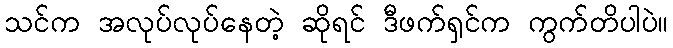
သင်က အလုပ်လုပ်နေတဲ့ ဆိုရင် ဒီဖက်ရှင်က ကွက်တိပါပဲ။